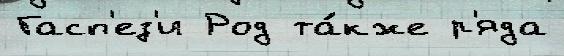
Гасп'ез'и Род та́кже р'яда